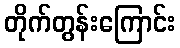
တိုက်တွန်းကြောင်း